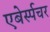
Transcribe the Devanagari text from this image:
एबेर्स्पचर